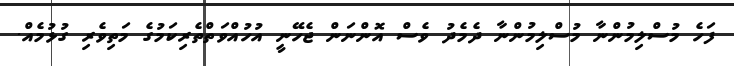
ފަހެ މުސްލިމުންނާ މުސްލިމުންނާ ދެމެދު ވެސް އޮންނަން ޖެހޭނީ އުހުއްވަތްތެރިކަމުގެ މަތިވެރި ގުޅުމެއް.